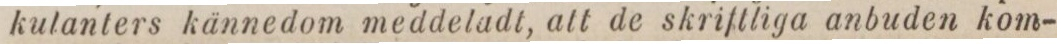
kulanters kännedom meddeladt, att de skriftliga anbuden kom-